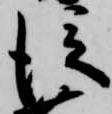
従